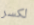
لكسر